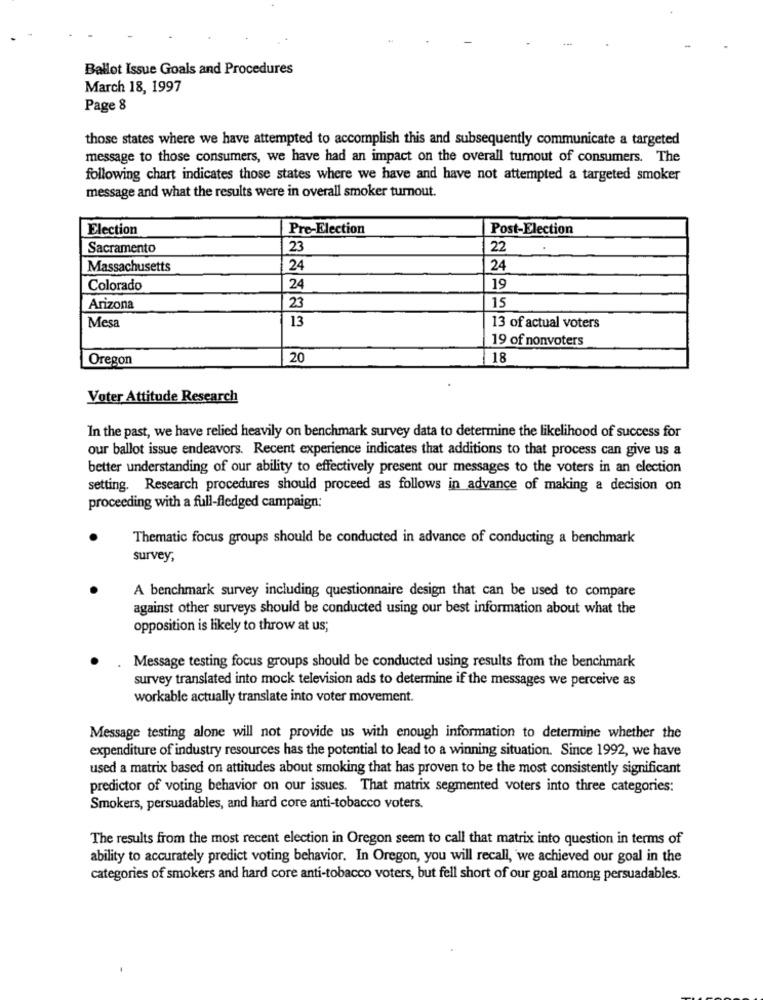
Ballot Issue Goals and Procedures
March 18, 1997
Page 8
those states where we have attempted to accomplish this and subsequently communicate a targeted
message to those consumers, we have had an impact on the overall turnout of consumers. The
following chart indicates those states where we have and have not attempted a targeted smoker
message and what the results were in overall smoker turnout.
Election
Pre-Election
Post-Election
Sacramento
23
22
Massachusetts
24
24
Colorado
24
19
Arizona
23
15
Mesa
13
13 of actual voters
19 of nonvoters
Oregon
20
18
Voter Attitude Research
In the past, we have relied heavily on benchmark survey data to determine the likelihood of success for
our ballot issue endeavors. Recent experience indicates that additions to that process can give us a
better understanding of our ability to effectively present our messages to the voters in an election
setting. Research procedures should proceed as follows in advance of making a decision on
proceeding with a full-fledged campaign:
Thematic focus groups should be conducted in advance of conducting a benchmark
survey,
A benchmark survey including questionnaire design that can be used to compare
against other surveys should be conducted using our best information about what the
opposition is likely to throw at us;
Message testing focus groups should be conducted using results from the benchmark
survey translated into mock television ads to determine if the messages we perceive as
workable actually translate into voter movement.
Message testing alone will not provide us with enough information to determine whether the
expenditure of industry resources has the potential to lead to a winning situation. Since 1992, we have
used a matrix based on attitudes about smoking that has proven to be the most consistently significant
predictor of voting behavior on our issues. That matrix segmented voters into three categories:
Smokers, persuadables, and hard core anti-tobacco voters.
The results from the most recent election in Oregon seem to call that matrix into question in terms of
ability to accurately predict voting behavior. In Oregon, you will recall, we achieved our goal in the
categories of smokers and hard core anti-tobacco voters, but fell short of our goal among persuadables.